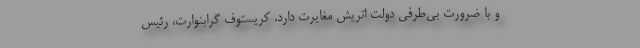
و با ضرورت بی‌طرفی دولت اتریش مغایرت دارد. کریستوف گرابنوارت، رئیس